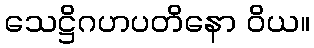
သေဋ္ဌိဂဟပတိနော ဝိယ။